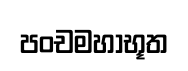
පංචමහාභූත